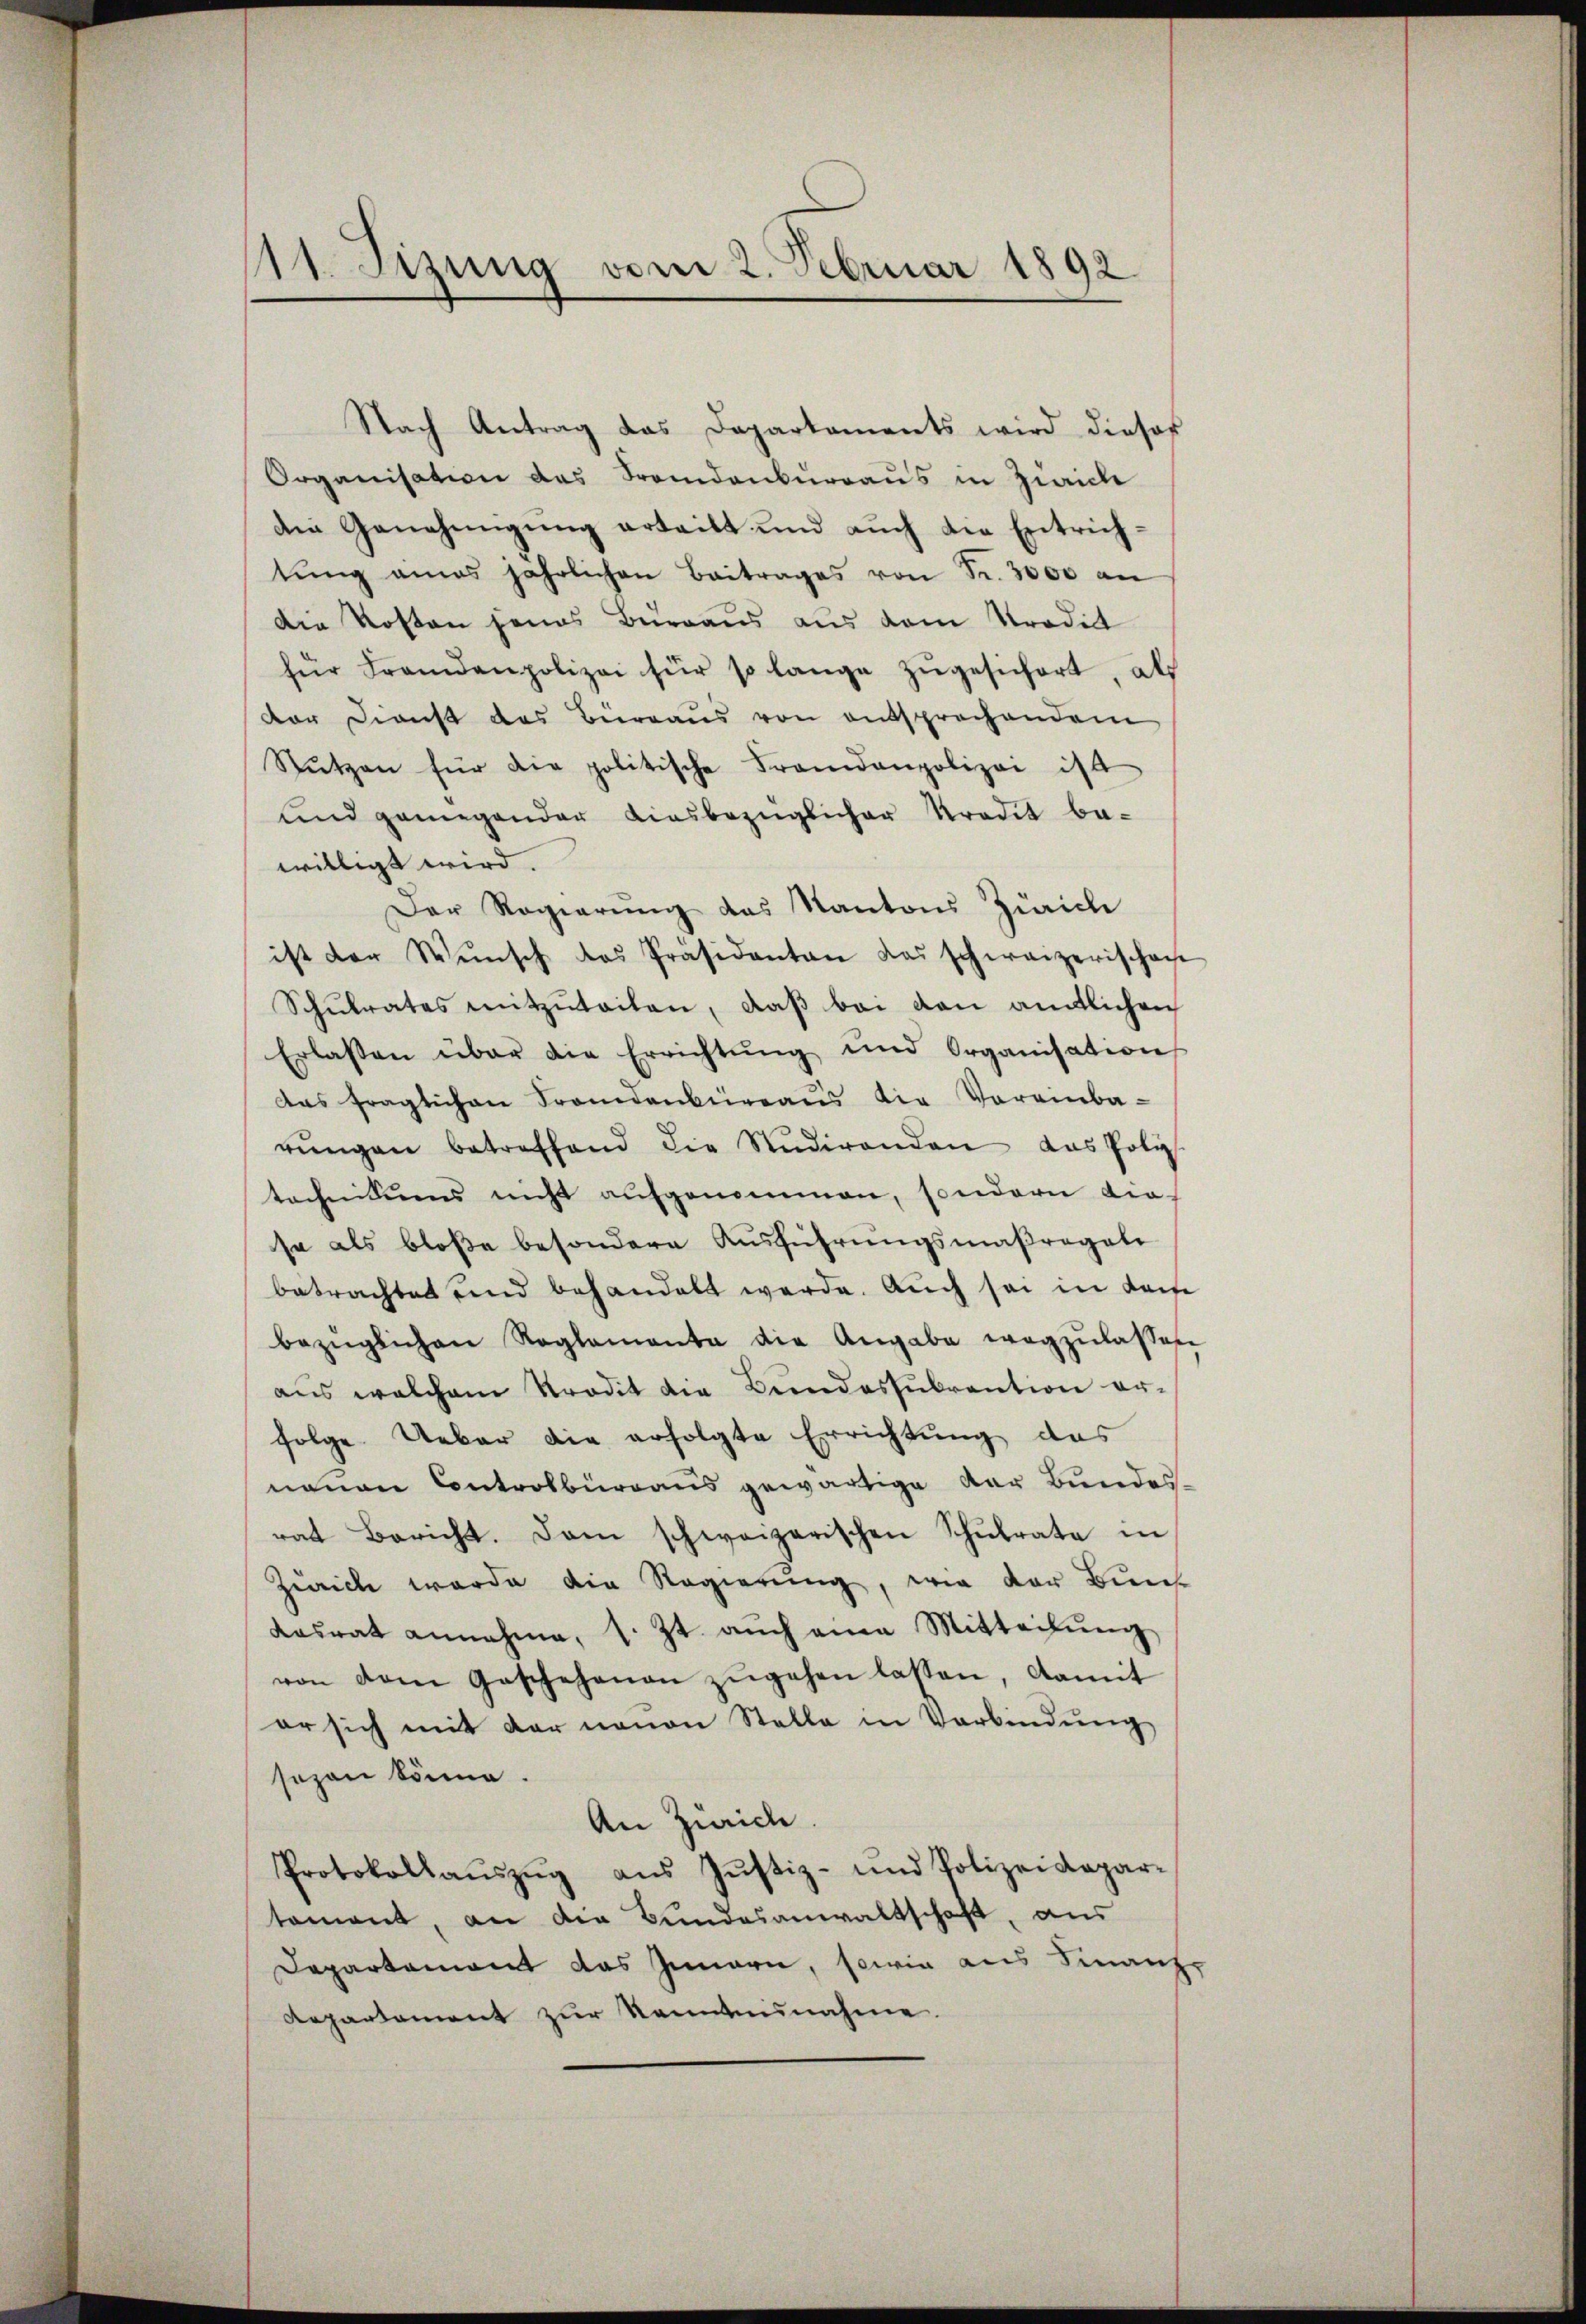
11. Jizung vom 2. Februar 1892

Nach Antrag das Departaments wird dieser
Organisation des Fremdankurraus in Zürich
die Genehmigŭng erteilt und aŭch die Entrich-
tŭng amas jährlichen Beitrages von Fr. 3000 an
Die Kosten jenes Büreaus aus dem Prodict
für Fremdenpolizei für so lange zŭgesichert, als
dar Dienst das Büreaŭs von entsprechendem
Nŭtzen für die politische Frandanpolizei ist
und genügender diesbezüglicher Kredit be-
willigt wird.
Der Regierung das Kantons Zürich
ist der Wŭnsch das Präsidenten das schweizerischen
Schŭlrates mitzŭteilen, daß bei von amtlichen
Erlassen über die Errichtŭng und Organisation
das fraglichen Frandenbüreaŭs die Vereinba-
rŭngen betreffend die Stŭdirenden das Poliz
technikums nicht aufgenommen, sondern die-
se als bloße besondere Ausführungsmaßregale
betrachtet und behandelt werde. Auch sei in dam
bezüglichen Reglementa die Angabe wegzŭlassen
aŭs welchem Kredit die Bŭndessŭbvention er-
folge. Ueber die erfolgte Errichtung des
neuen Controlburgaus gewärtige der Bundes-
rat Bericht. Dann schweizerischen Schŭlrate in
Zweich werde die Regierung, wie der Bun
Kasrat annahme, s. Zt. aŭch eine Mitteilŭng,
von dem Geschehenen zŭgehen lassen, damit
er sich mit der neuen Stelle in Verbindŭng
sozen könne.
An Zürich.
Protokollaŭszŭg aŭs Jŭstiz- und Polizeidepar-
tament, an die Bundesanwaltschaft, aus
Departement das Innern, sowie aus Finanz
Repartement zur Kennternahme.